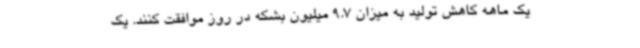
یک ماهه کاهش تولید به میزان 9.7 میلیون بشکه در روز موافقت کنند. یک